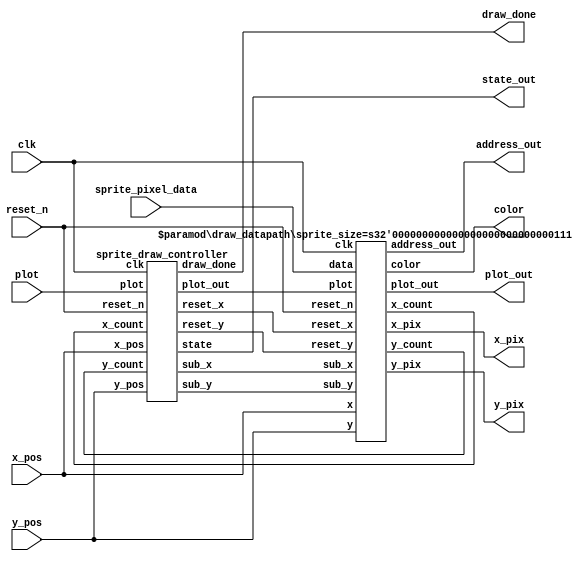
/*
*   Wrapper for drawing a sprite
*   Parameters:
*       sprite_size : the size of the sprite in pixels - 1
*                     assumes square sprite
*/

module draw_sprite(
    // Functional signals
    input clk,
    input reset_n,
    input plot,

    // Data inputs
    input [9:0] x_pos,
    input [9:0] y_pos,
    input [2:0] sprite_pixel_data,

    // Functional outputs
    output plot_out,
    output draw_done,

    // Data outputs
    output [9:0] x_pix,
    output [9:0] y_pix,
    output [9:0] address_out,
    output [2:0] color,

    // Debug
    output [2:0] state_out

);

    // Parameters
    parameter sprite_size = 31;

    // Wires
    wire [4:0] w_x_count, w_y_count;
    wire w_sub_x, w_sub_y, w_reset_x, w_reset_y, w_plot;

    sprite_draw_controller controller(
        .clk(clk),
        .x_pos(x_pos),
        .y_pos(y_pos),
        .x_count(w_x_count),
        .y_count(w_y_count),
        .plot(plot),
        .reset_n(reset_n),

        .sub_x(w_sub_x),
        .sub_y(w_sub_y),
        .reset_x(w_reset_x),
        .reset_y(w_reset_y),
        .plot_out(w_plot),
        .draw_done(draw_done),
        .state(state_out)
    );

    draw_datapath #(.sprite_size(sprite_size)) datapath(
        .clk(clk),
        .reset_n(reset_n),
        .x(x_pos),
        .y(y_pos),
        .sub_x(w_sub_x),
        .sub_y(w_sub_y),
        .reset_x(w_reset_x),
        .reset_y(w_reset_y),
        .data(sprite_pixel_data),
        .plot(w_plot),

        .x_count(w_x_count),
        .y_count(w_y_count),
        .address_out(address_out),
        .plot_out(plot_out),
        .x_pix(x_pix),
        .y_pix(y_pix),
        .color(color)
    );

endmodule

module sprite_draw_controller(
    input clk,
    input [9:0] x_pos,
    input [9:0] y_pos,
    input [4:0] x_count,
    input [4:0] y_count,
    input plot,
    input reset_n,

    output reg sub_x,
    output reg sub_y,
    output reg reset_x,
    output reg reset_y,
    output reg plot_out,
    output reg draw_done,

    // debug
    output [2:0]state
);

    reg [2:0] current_state, next_state;
    
    //debug
    assign state = current_state;

    localparam S_WAIT       = 0,
               S_PLOT       = 2,
               S_X          = 3,
               S_Y          = 4,
               S_RESET      = 5;

    // State Table
    always@(*)
    begin: state_table
        case(current_state)
            S_PLOT: next_state = S_X;
            S_X: begin
                if (x_count == 0)
                    next_state = S_Y;
                else
                    next_state = S_PLOT;
            end
            S_Y: begin
                if (y_count == 0)
                    next_state = S_RESET;
                else
                    next_state = S_PLOT;
            end
            S_RESET: begin
                next_state = plot ? S_PLOT : S_RESET;
            end
            default: next_state = S_RESET;
        endcase
    end //state_table

    // Output logic
    always@(*)
    begin: enable_signals
        // Make all the signals 0 by default
        sub_x = 1'b0;
        sub_y = 1'b0;
        reset_x = 1'b0;
        reset_y = 1'b0;
        plot_out = 1'b0;
        draw_done = 1'b0;

        case(current_state)
            S_PLOT: begin
                plot_out = plot;
            end
            S_X: begin
                sub_x = 1'b1;
            end
            S_Y: begin
                sub_y = 1'b1;
                reset_x = 1'b1;
            end
            S_RESET:begin
                reset_x = 1'b1;
                reset_y = 1'b1;
                draw_done = 1'b1;
            end
        endcase
    end

    // current_state registers
    always@(posedge clk)
    begin: state_FFs
        if(reset_n)
            current_state <= S_RESET;
        else
            current_state <= next_state;
    end // state_FFs
endmodule

module draw_datapath(
    input clk,
    input reset_n,
    input [9:0] x,
    input [9:0] y,
    input sub_x,
    input sub_y,
    input reset_x,
    input reset_y,
    input [2:0] data,
    input plot,

    output [4:0] x_count,
    output [4:0] y_count,
    output [9:0] address_out,

    output plot_out,
    output reg [9:0] x_pix,
    output reg [9:0] y_pix,
    output [2:0] color
);
    
    parameter sprite_size = 5'd31;

    // counter registers
    reg [4:0] x_counter, y_counter;
    reg [9:0] address;

    assign x_count = x_counter;
    assign y_count = y_counter;
    assign color = data;
    assign plot_out = plot;
    assign address_out = address;

    // register logic
    always@(posedge clk) begin
        if(reset_n) begin
            x_counter <= sprite_size;
            y_counter <= sprite_size;
            address <= 0;
        end
        else begin
            if(sub_x)
                x_counter <= x_counter - 1;
            if(sub_y)
                y_counter <= y_counter - 1;
            if(reset_x)
                x_counter <= sprite_size;
            if(reset_y)
                y_counter <= sprite_size;
            if(plot)
                address <= address + 1;
            if (reset_x && reset_y)
                address <= 0;
        end
    end

    // position calculator
    always@(*) begin
        x_pix <= x + (sprite_size - x_counter);
        y_pix <= y + (sprite_size - y_counter);
    end
endmodule